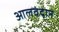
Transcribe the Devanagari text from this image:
आलवंदान